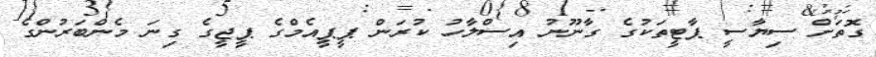
ގޮތަށް ސިޔާސީ ޕާޓީތަކުގެ ގާނޫނު އިސްލާހު ކުރަން ޕީޕީއެމްގެ ޕީޖީގެ ގިނަ މެންބަރުންގެ